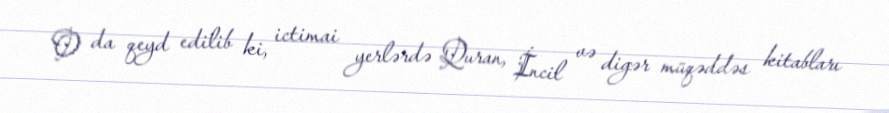
O da qeyd edilib ki, ictimai yerlərdə Quran, İncil və digər müqəddəs kitabları